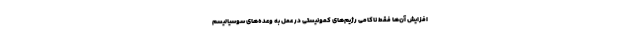
افزایش آن‌ها فقط ناکامی رژیم‌های کمونیستی در عمل به وعده‌های سوسیالیسم